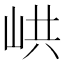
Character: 𡶵